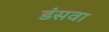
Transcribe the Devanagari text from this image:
डंसवा